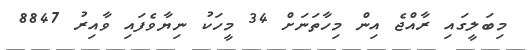
މިބަލީގައި ރާއްޖެ އިން މިހާތަނަށް 34 މީހަކު ނިޔާވެފައި ވާއިރު 8847